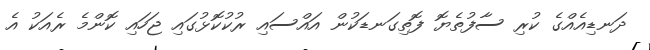
ދަނޑިއެއްގެ ކުރި ސާފުތެޔޮ ފޮތިގަނޑަކުން އައްސައި ރުކުކޮޅުގައި ޖަހައި ކޮންމެ ރެއަކު އެ